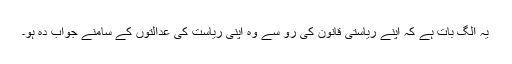
یہ الگ بات ہے کہ اپنے ریاستی قانون کی رو سے وہ اپنی ریاست کی عدالتوں کے سامنے جواب دہ ہو۔